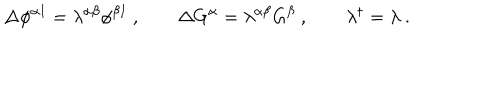
LaTeX: \Delta \phi ^ { \alpha I } = \lambda ^ { \alpha \beta } \phi ^ { \beta I } \ , \qquad \Delta G ^ { \alpha } = \lambda ^ { \alpha \beta } G ^ { \beta } \ , \qquad \lambda ^ { \dagger } = \lambda \ .